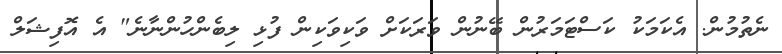
ނެތުމުން. އެކަމަކު ކަސްޓަމަރުން ބޭނުން ވަރަކަށް ވަކިވަކިން ފުޅި ލިބެންހުންނާނެ" އެ އޮފިޝަލް